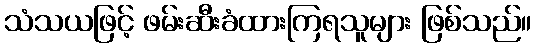
သံသယဖြင့် ဖမ်းဆီးခံထားကြရသူများ ဖြစ်သည်။